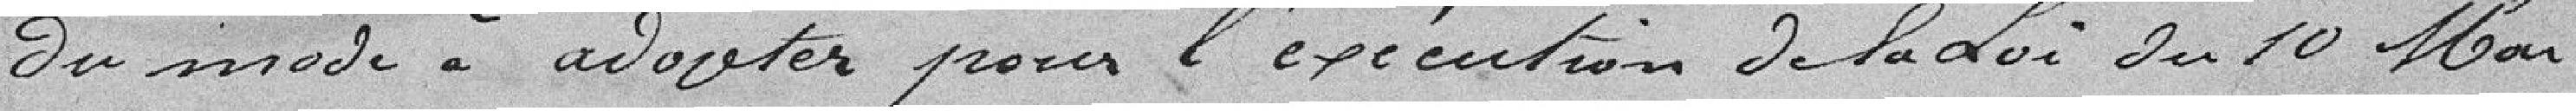
du mode à adopter pour l'exécution de la Loi du 10 mai